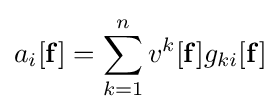
a_{i}[\mathbf {f} ]=\sum _{k=1}^{n}v^{k}[\mathbf {f} ]g_{ki}[\mathbf {f} ]